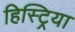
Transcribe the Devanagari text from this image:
हिस्ट्रिया